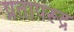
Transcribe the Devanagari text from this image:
प्रतापरूद्र